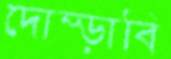
দোম্‌ড়াবি